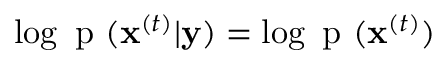
\log { \mathrm { ~ p ~ } ( \mathbf { x } ^ { ( t ) } | \mathbf { y } ) } = \log { \mathrm { ~ p ~ } ( \mathbf { x } ^ { ( t ) } ) }